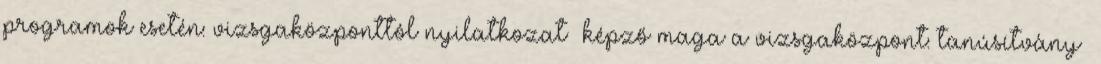
programok esetén: vizsgaközponttól nyilatkozat képző maga a vizsgaközpont: tanúsítvány